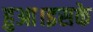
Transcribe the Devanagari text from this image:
हुआ।इसके